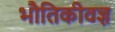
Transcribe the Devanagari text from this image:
भौतिकीवज्ञ